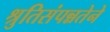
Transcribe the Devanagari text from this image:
श्रुतिसंपन्नतेने